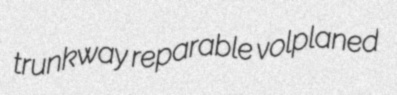
trunkway reparable volplaned